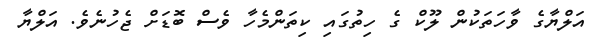
އަލްޔާގެ ވާހަތަކުން ލޫކް ގެ ހިތުގައި ކިތަންމެހާ ވެސް ބޮޑަށް ޖެހުނެވެ. އަލްޔާ